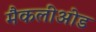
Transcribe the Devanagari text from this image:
मैकलीओड